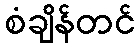
စံချိန်တင်